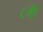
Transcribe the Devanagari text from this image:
८वीँ